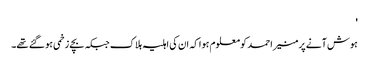
'
ہوش آنے پر منیر احمد کو معلوم ہوا کہ ان کی اہلیہ ہلاک جبکہ بچے زخمی ہو گئے تھے۔